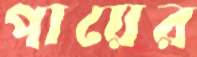
পায়ের